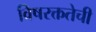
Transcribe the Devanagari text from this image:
विषरक्ततेची